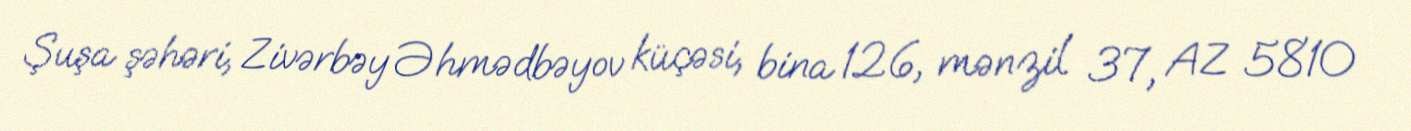
Şuşa şəhəri, Zivərbəy Əhmədbəyov küçəsi, bina 126, mənzil 37, AZ 5810